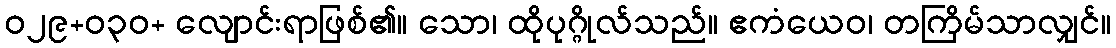
ဝ၂၉+၀၃ဝ+ လျောင်းရာဖြစ်၏။ သော၊ ထိုပုဂ္ဂိုလ်သည်။ ဧကံယေဝ၊ တကြိမ်သာလျှင်။